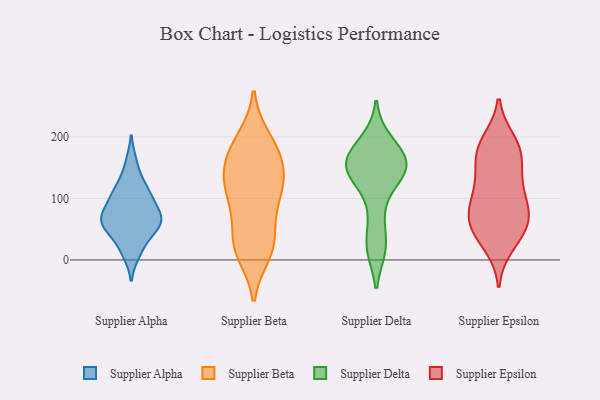
{"axis": {"x": "Latency (ms)", "y": "Value"}, "legend": ["Supplier Alpha", "Supplier Beta", "Supplier Delta", "Supplier Epsilon"], "data": [{"x": "", "y": 65, "type": "Supplier Alpha"}, {"x": "", "y": 54, "type": "Supplier Alpha"}, {"x": "", "y": 158, "type": "Supplier Alpha"}, {"x": "", "y": 55, "type": "Supplier Alpha"}, {"x": "", "y": 123, "type": "Supplier Alpha"}, {"x": "", "y": 11, "type": "Supplier Alpha"}, {"x": "", "y": 114, "type": "Supplier Alpha"}, {"x": "", "y": 72, "type": "Supplier Alpha"}, {"x": "", "y": 22, "type": "Supplier Alpha"}, {"x": "", "y": 94, "type": "Supplier Alpha"}, {"x": "", "y": 81, "type": "Supplier Alpha"}, {"x": "", "y": 59, "type": "Supplier Alpha"}, {"x": "", "y": 57, "type": "Supplier Alpha"}, {"x": "", "y": 103, "type": "Supplier Alpha"}, {"x": "", "y": 100, "type": "Supplier Beta"}, {"x": "", "y": 25, "type": "Supplier Beta"}, {"x": "", "y": 182, "type": "Supplier Beta"}, {"x": "", "y": 16, "type": "Supplier Beta"}, {"x": "", "y": 127, "type": "Supplier Beta"}, {"x": "", "y": 191, "type": "Supplier Beta"}, {"x": "", "y": 197, "type": "Supplier Beta"}, {"x": "", "y": 158, "type": "Supplier Beta"}, {"x": "", "y": 42, "type": "Supplier Beta"}, {"x": "", "y": 131, "type": "Supplier Beta"}, {"x": "", "y": 148, "type": "Supplier Beta"}, {"x": "", "y": 161, "type": "Supplier Beta"}, {"x": "", "y": 120, "type": "Supplier Beta"}, {"x": "", "y": 24, "type": "Supplier Beta"}, {"x": "", "y": 81, "type": "Supplier Beta"}, {"x": "", "y": 98, "type": "Supplier Beta"}, {"x": "", "y": 11, "type": "Supplier Beta"}, {"x": "", "y": 161, "type": "Supplier Delta"}, {"x": "", "y": 179, "type": "Supplier Delta"}, {"x": "", "y": 193, "type": "Supplier Delta"}, {"x": "", "y": 144, "type": "Supplier Delta"}, {"x": "", "y": 160, "type": "Supplier Delta"}, {"x": "", "y": 22, "type": "Supplier Delta"}, {"x": "", "y": 141, "type": "Supplier Delta"}, {"x": "", "y": 79, "type": "Supplier Delta"}, {"x": "", "y": 152, "type": "Supplier Delta"}, {"x": "", "y": 20, "type": "Supplier Delta"}, {"x": "", "y": 137, "type": "Supplier Delta"}, {"x": "", "y": 39, "type": "Supplier Epsilon"}, {"x": "", "y": 144, "type": "Supplier Epsilon"}, {"x": "", "y": 112, "type": "Supplier Epsilon"}, {"x": "", "y": 187, "type": "Supplier Epsilon"}, {"x": "", "y": 24, "type": "Supplier Epsilon"}, {"x": "", "y": 193, "type": "Supplier Epsilon"}, {"x": "", "y": 182, "type": "Supplier Epsilon"}, {"x": "", "y": 69, "type": "Supplier Epsilon"}, {"x": "", "y": 46, "type": "Supplier Epsilon"}, {"x": "", "y": 78, "type": "Supplier Epsilon"}, {"x": "", "y": 124, "type": "Supplier Epsilon"}, {"x": "", "y": 173, "type": "Supplier Epsilon"}, {"x": "", "y": 77, "type": "Supplier Epsilon"}, {"x": "", "y": 72, "type": "Supplier Epsilon"}, {"x": "", "y": 161, "type": "Supplier Epsilon"}, {"x": "", "y": 102, "type": "Supplier Epsilon"}, {"x": "", "y": 54, "type": "Supplier Epsilon"}]}